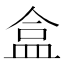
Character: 盒